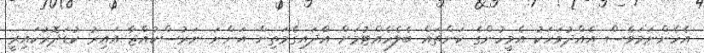
އެހެންނަމަވެސް އެއްދުވަހަކު އެމީހުންގެ ކަންތައް ބެލެހެއްޓުމަށް އާދައިގެމަތިން އަންނަ ނަރުސްކުއްޖާ އައިރު ކުޑަދޮރުކައިރީ